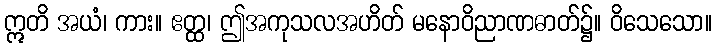
ဣတိ အယံ၊ ကား။ ဧတ္ထ၊ ဤအကုသလအဟိတ် မနောဝိညာဏဓာတ်၌။ ဝိသေသော။